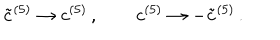
{ \tilde { c } } ^ { ( 5 ) } \rightarrow c ^ { ( 5 ) } \, , \qquad c ^ { ( 5 ) } \rightarrow - { \tilde { c } } ^ { ( 5 ) } \, . \,